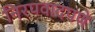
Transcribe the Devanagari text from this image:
निरपवादपणे